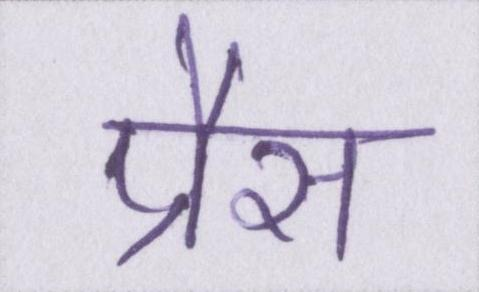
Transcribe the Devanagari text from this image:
प्रैस